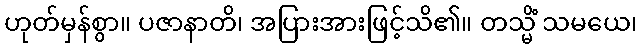
ဟုတ်မှန်စွာ။ ပဇာနာတိ၊ အပြားအားဖြင့်သိ၏။ တသ္မိံ သမယေ၊